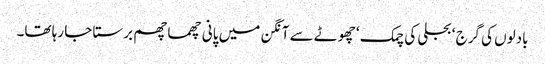
بادلوں کی گرج ‘ بجلی کی چمک ‘ چھوٹے سے آنگن میں پانی چھما چھم برستا جا رہا تھا۔